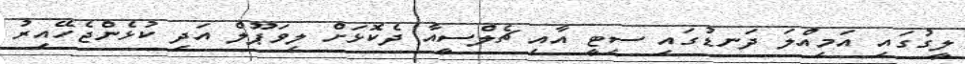
ލީގުގައި އަމިއްލަ ދަނޑުގައި ސިޓީ އާއި ޗެލްސީއާ ދެކޮޅަށް ލިވަޕޫލް އަދި ކުޅެންޖެހޭއިރު